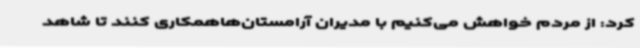
کرد: از مردم خواهش می‌کنیم با مدیران آرامستان‌هاهمکاری کنند تا شاهد